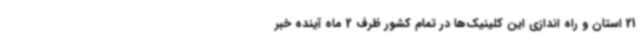
21 استان و راه اندازی این کلینیک‌ها در تمام کشور ظرف 2 ماه آینده خبر